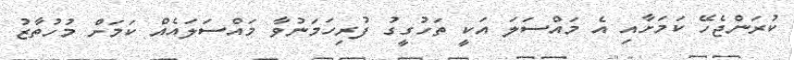
ކުރަންޖެހޭ ކަމަށާއި އެ މައްސަލަ އަކީ ތަހުގީގު ފުރިހަމަނުވާ މައްސަލައެއް ކަމަށް މުހުތާޒު